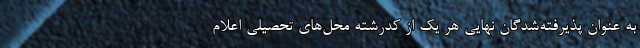
به‌ عنوان‌ پذیرفته‌شدگان‌ نهایی هر یک‌ از کدرشته محل‌های تحصیلی اعلام‌